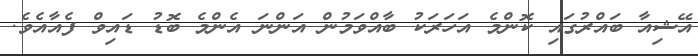
އޭޝިއާ ބައްރުގައި ކޮންމެ އަހަރަކު ބާއްވަމުން އަންނަ އެންމެ ބޮޑު ޑައިވް ފެއާއެވެ.